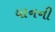
યાનની